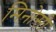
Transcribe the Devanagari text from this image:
मिनोसी